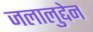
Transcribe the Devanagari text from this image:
जलालुद्देन